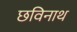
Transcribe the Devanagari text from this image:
छविनाथ